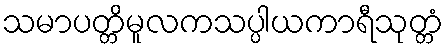
သမာပတ္တိမူလကသပ္ပါယကာရီသုတ္တံ